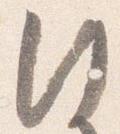
行